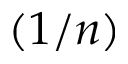
( 1 / n )